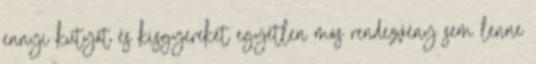
ennyi kutyát és kisgyereket egyetlen más rendezvény sem lenne